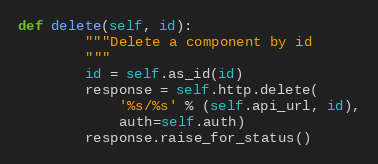
Language: Python
def delete(self, id):
        """Delete a component by id
        """
        id = self.as_id(id)
        response = self.http.delete(
            '%s/%s' % (self.api_url, id),
            auth=self.auth)
        response.raise_for_status()